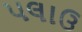
પલાઉ